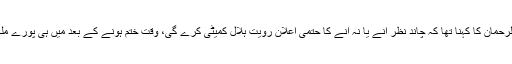
اجلاس سے قبل مفتی منیب الرحمان کا کہنا تھا کہ چاند نظر آنے یا نہ آنے کا حتمی اعلان رویت ہلال کمیٹی کرے گی، وقت ختم ہونے کے بعد میں ہی پورے ملک کے لیے اعلان کروں گا۔